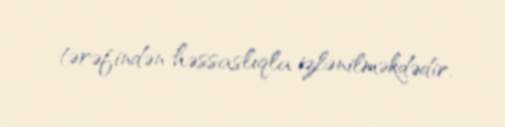
tərəfindən həssaslıqla izlənilməkdədir.